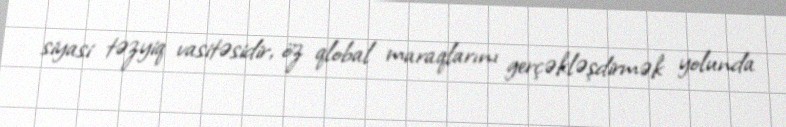
siyasi təzyiq vasitəsidir, öz qlobal maraqlarını gerçəkləşdirmək yolunda